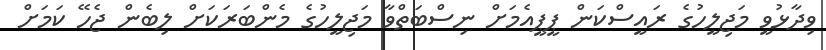
ވިދާޅުވީ މަޖިލީހުގެ ރައީސްކަން ޕީޕީއެމަށް ނިސްބަތްވާ މަޖިލީހުގެ މެންބަރަކަށް ލިބެން ޖެހޭ ކަމަށް